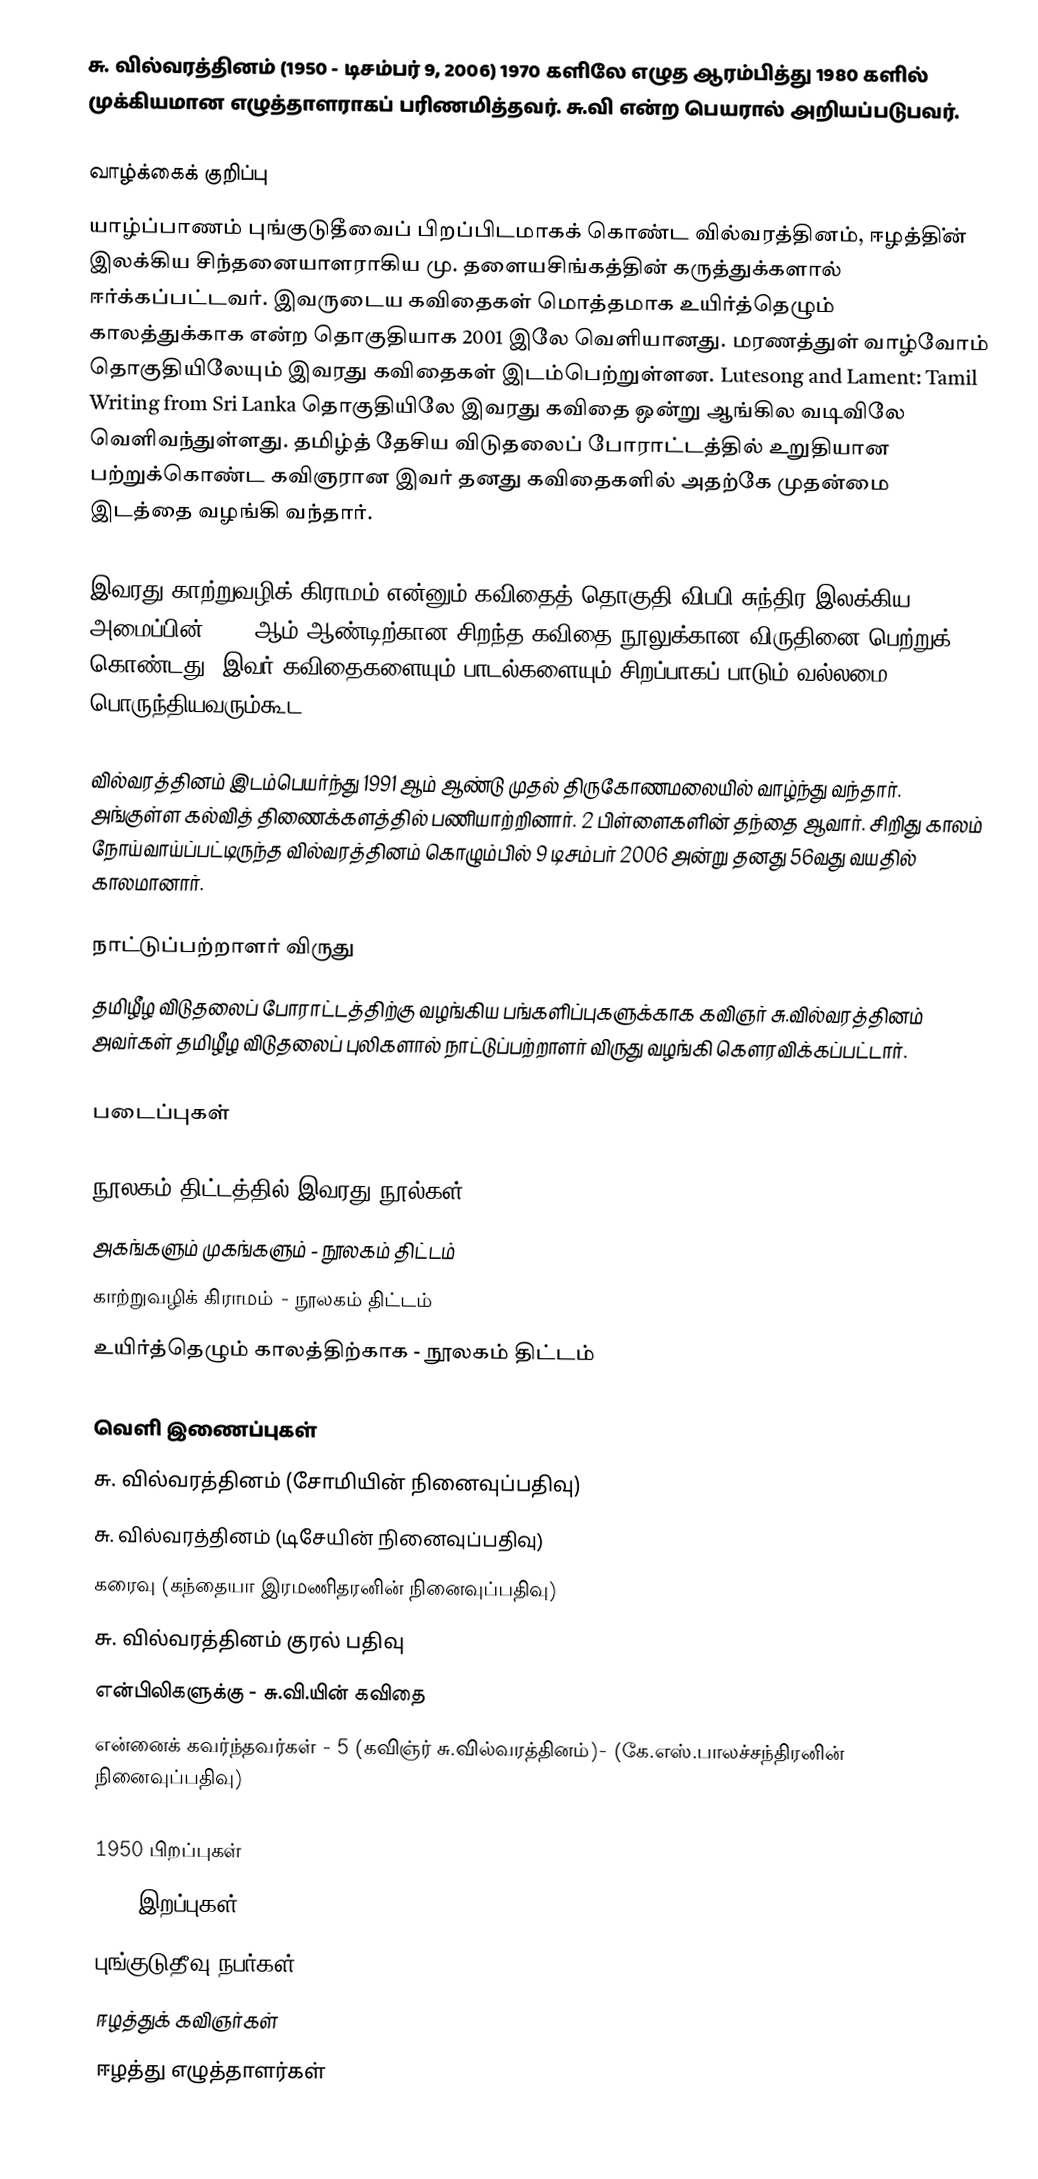
சு. வில்வரத்தினம் (1950 - டிசம்பர் 9, 2006) 1970 களிலே எழுத ஆரம்பித்து 1980 களில் முக்கியமான எழுத்தாளராகப் பரிணமித்தவர். சு.வி  என்ற பெயரால் அறியப்படுபவர்.

வாழ்க்கைக் குறிப்பு
யாழ்ப்பாணம் புங்குடுதீவைப் பிறப்பிடமாகக் கொண்ட வில்வரத்தினம், ஈழத்தி்ன் இலக்கிய சிந்தனையாளராகிய மு. தளையசிங்கத்தின் கருத்துக்களால் ஈர்க்கப்பட்டவர். இவருடைய கவிதைகள் மொத்தமாக உயிர்த்தெழும் காலத்துக்காக என்ற தொகுதியாக 2001 இலே வெளியானது. மரணத்துள் வாழ்வோம் தொகுதியிலேயும் இவரது கவிதைகள் இடம்பெற்றுள்ளன. Lutesong and Lament: Tamil Writing from Sri Lanka தொகுதியிலே இவரது கவிதை ஒன்று ஆங்கில வடிவிலே வெளிவந்துள்ளது. தமிழ்த் தேசிய விடுதலைப் போராட்டத்தில் உறுதியான பற்றுக்கொண்ட கவிஞரான இவர் தனது கவிதைகளில் அதற்கே முதன்மை இடத்தை வழங்கி வந்தார்.

இவரது காற்றுவழிக் கிராமம் என்னும் கவிதைத் தொகுதி விபபி சுந்திர இலக்கிய அமைப்பின் 1995 ஆம் ஆண்டிற்கான சிறந்த கவிதை நூலுக்கான விருதினை பெற்றுக் கொண்டது. இவர் கவிதைகளையும் பாடல்களையும் சிறப்பாகப் பாடும் வல்லமை பொருந்தியவரும்கூட.

வில்வரத்தினம் இடம்பெயர்ந்து 1991 ஆம் ஆண்டு முதல் திருகோணமலையில் வாழ்ந்து வந்தார். அங்குள்ள கல்வித் திணைக்களத்தில் பணியாற்றினார். 2 பிள்ளைகளின் தந்தை ஆவார். சிறிது காலம் நோய்வாய்ப்பட்டிருந்த வில்வரத்தினம் கொழும்பில் 9 டிசம்பர்  2006 அன்று தனது 56வது வயதில் காலமானார்.

நாட்டுப்பற்றாளர் விருது
தமிழீழ விடுதலைப் போராட்டத்திற்கு வழங்கிய பங்களிப்புகளுக்காக கவிஞர் சு.வில்வரத்தினம் அவர்கள் தமிழீழ விடுதலைப் புலிகளால் நாட்டுப்பற்றாளர் விருது வழங்கி கௌரவிக்கப்பட்டார்.

படைப்புகள்

நூலகம் திட்டத்தில் இவரது நூல்கள்
 அகங்களும் முகங்களும் - நூலகம் திட்டம்
  காற்றுவழிக் கிராமம் - நூலகம் திட்டம்
 உயிர்த்தெழும் காலத்திற்காக - நூலகம் திட்டம்

வெளி இணைப்புகள்
 சு. வில்வரத்தினம் (சோமியின் நினைவுப்பதிவு)
 சு. வில்வரத்தினம் (டிசேயின் நினைவுப்பதிவு)
 கரைவு (கந்தையா இரமணிதரனின் நினைவுப்பதிவு)
 சு. வில்வரத்தினம் குரல் பதிவு
 என்பிலிகளுக்கு - சு.வி.யின் கவிதை
 என்னைக் கவர்ந்தவர்கள் - 5 (கவிஞ்ர் சு.வில்வரத்தினம்)- (கே.எஸ்.பாலச்சந்திரனின் நினைவுப்பதிவு)

1950 பிறப்புகள்
2006 இறப்புகள்
புங்குடுதீவு நபர்கள்
ஈழத்துக் கவிஞர்கள்
ஈழத்து எழுத்தாளர்கள்